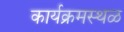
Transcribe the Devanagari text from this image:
कार्यक्रमस्थळ